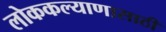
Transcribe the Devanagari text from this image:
लोककल्याणासाठी